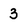
Character: 3